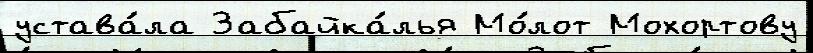
устава́ла Забайка́лья Мо́лот Мохортову